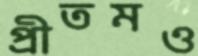
প্রীতমও